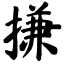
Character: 搛